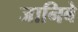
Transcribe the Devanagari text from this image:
जानिबे